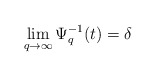
\begin{align*} \lim_{q\rightarrow\infty} \Psi^{-1}_q(t) = \delta\end{align*}